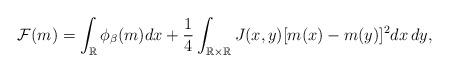
LaTeX: \begin{align*} \mathcal F(m)= \int_{\mathbb R} \phi_\beta(m) dx + \frac 14 \int_{\mathbb R\times \mathbb R} J(x,y)[m(x)-m(y)]^2dx\,dy, \end{align*}